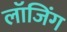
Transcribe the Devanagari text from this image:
लॉजिंग